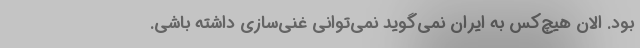
بود. الان هیچ‌کس به ایران نمی‌گوید نمی‌توانی غنی‌سازی‌ داشته باشی.